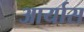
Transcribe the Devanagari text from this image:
आर्यास